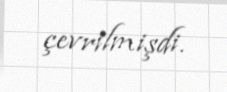
çevrilmişdi.